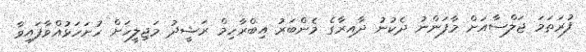
ފުރަތަމަ ޖަލްސާއަށް މާފަންނު ދެކުނު ދާއިރާގެ މެންބަރު އިބްރާހިމް ރަޝީދު މަޖިލީހަށް ހުށަހަޅުއްވާފައިވާ